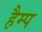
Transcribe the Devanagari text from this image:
हैम्प